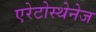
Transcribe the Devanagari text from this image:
एरेटोस्थेनेज